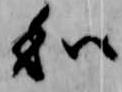
和